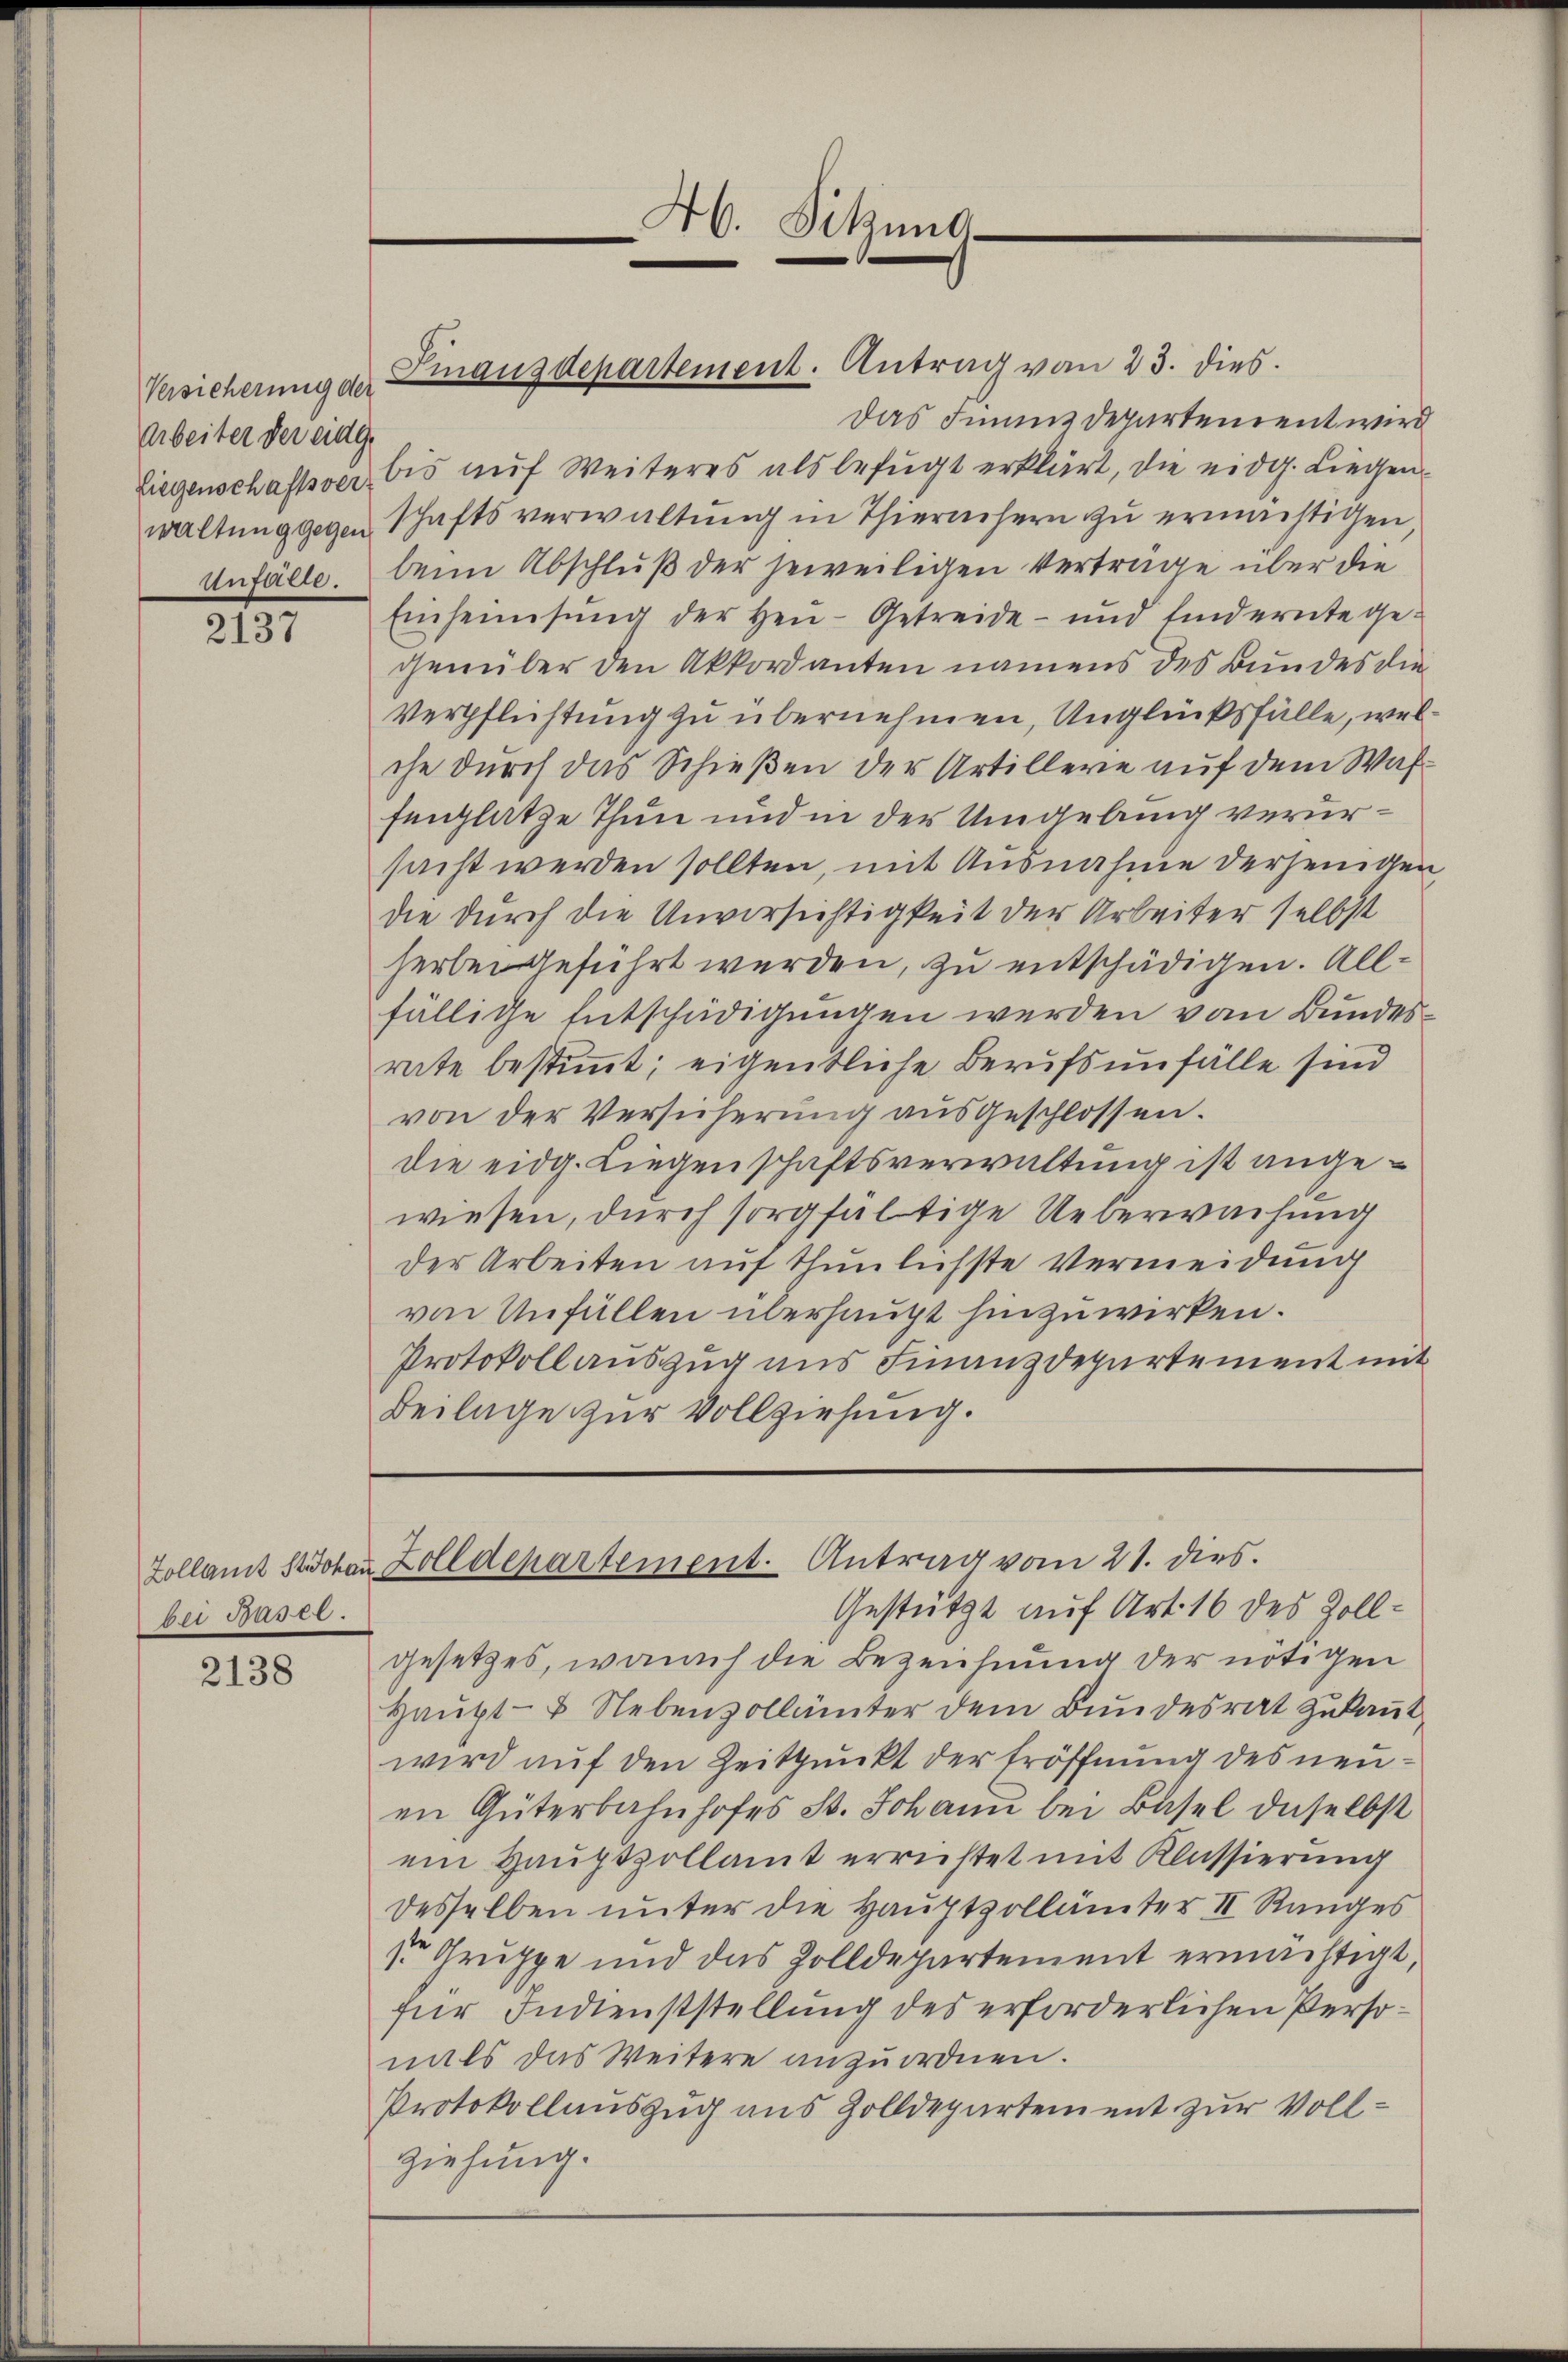
Versicherung der
Arbeiter der eidg.

2137

bei Buser.

2138

Das Finanzdepartement wird
Liegenschaftsver bis auf Weiteres als befugt erklärt, die eidg. Liegenwaltung gegen schaftsverwaltung in Thiernchern zu ermächtigen
Unfälle. Dein Abschluß der jeweiligen Verträge über die
Einheimsung der Heu-Getreide- und findernte ge-
genüber den Akkordanten namens des Bundes die
Verpflichtung zu übernehmen, Unglücksfälle, welche durch das Schießen der Artillere auf dem Waffenplatze Thun und in der Umgebung verursacht werden sollten, mit Ausnahme derjenigen
die durch die Unvorsichtigkeit der Arbeiter selbst
herbei geführt werden, zu entschädigen. Allfällige Entschädigungen werden vom Bundesrate bestimmt; eigentliche Berufsunfälle sind
von der Versicherung ausgeschlossen.
die eidg. Liegenschaftsverwaltung ist angewiesen, durch sorgfältige Ueberwachung
der Arbeiten auf thunlichste Vermeidung
von Unfüllen überhaupt hinzuwirken.
Protokollauszug ans Finanzdepartement mit
Beilage zur Vollziehung.

46. Sitzung

Finanzdepartement. Antrag von 23. dies

Zollamt St. Johan Zolldepartement. Antrag vom 21. dies.
Gestützt auf Art. 16 des Zoll¬

gesetzes, waruch die Bezeichnung der nötigen
Haŭpt- u. Nebenzollämter dem Bŭndesrat Zŭkaṅt,
wird auf den Zeitpunkt der Eröffnung des neuen Güterbahnhofes St. Johann bei Basel daselbst
ein Hauptzollamt errichtet mit Klassierung
desselben unter die Hauptzollämter II Ranges
1r Gruppe und das Zolldepartement ermächtigt,
für Indienststellung des erforderlichen Personals das Weitere anzuordnen.
Protokollauszug aus Zolldepartement zur Vollziehung.